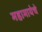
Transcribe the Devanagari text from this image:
महामायेचे